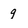
Character: g